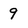
Character: 9